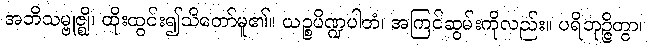
အဘိသမ္ဗုဇ္ဈိ၊ ထိုးထွင်း၍သိတော်မူ၏။ ယဉ္စပိဏ္ဍပါတံ၊ အကြင်ဆွမ်းကိုလည်း။ ပရိဘုဉ္ဇိတွာ၊